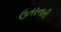
ઉતરનારી